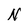
Character: N